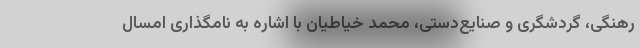
رهنگی، گردشگری و صنایع‌دستی، محمد خیاطیان با اشاره به نامگذاری امسال‌